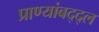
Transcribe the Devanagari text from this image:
प्राण्यांबद्द्ल